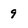
Character: 9